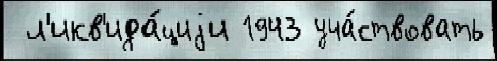
 л'икв'ида́циjи 1943 уча́ствовать